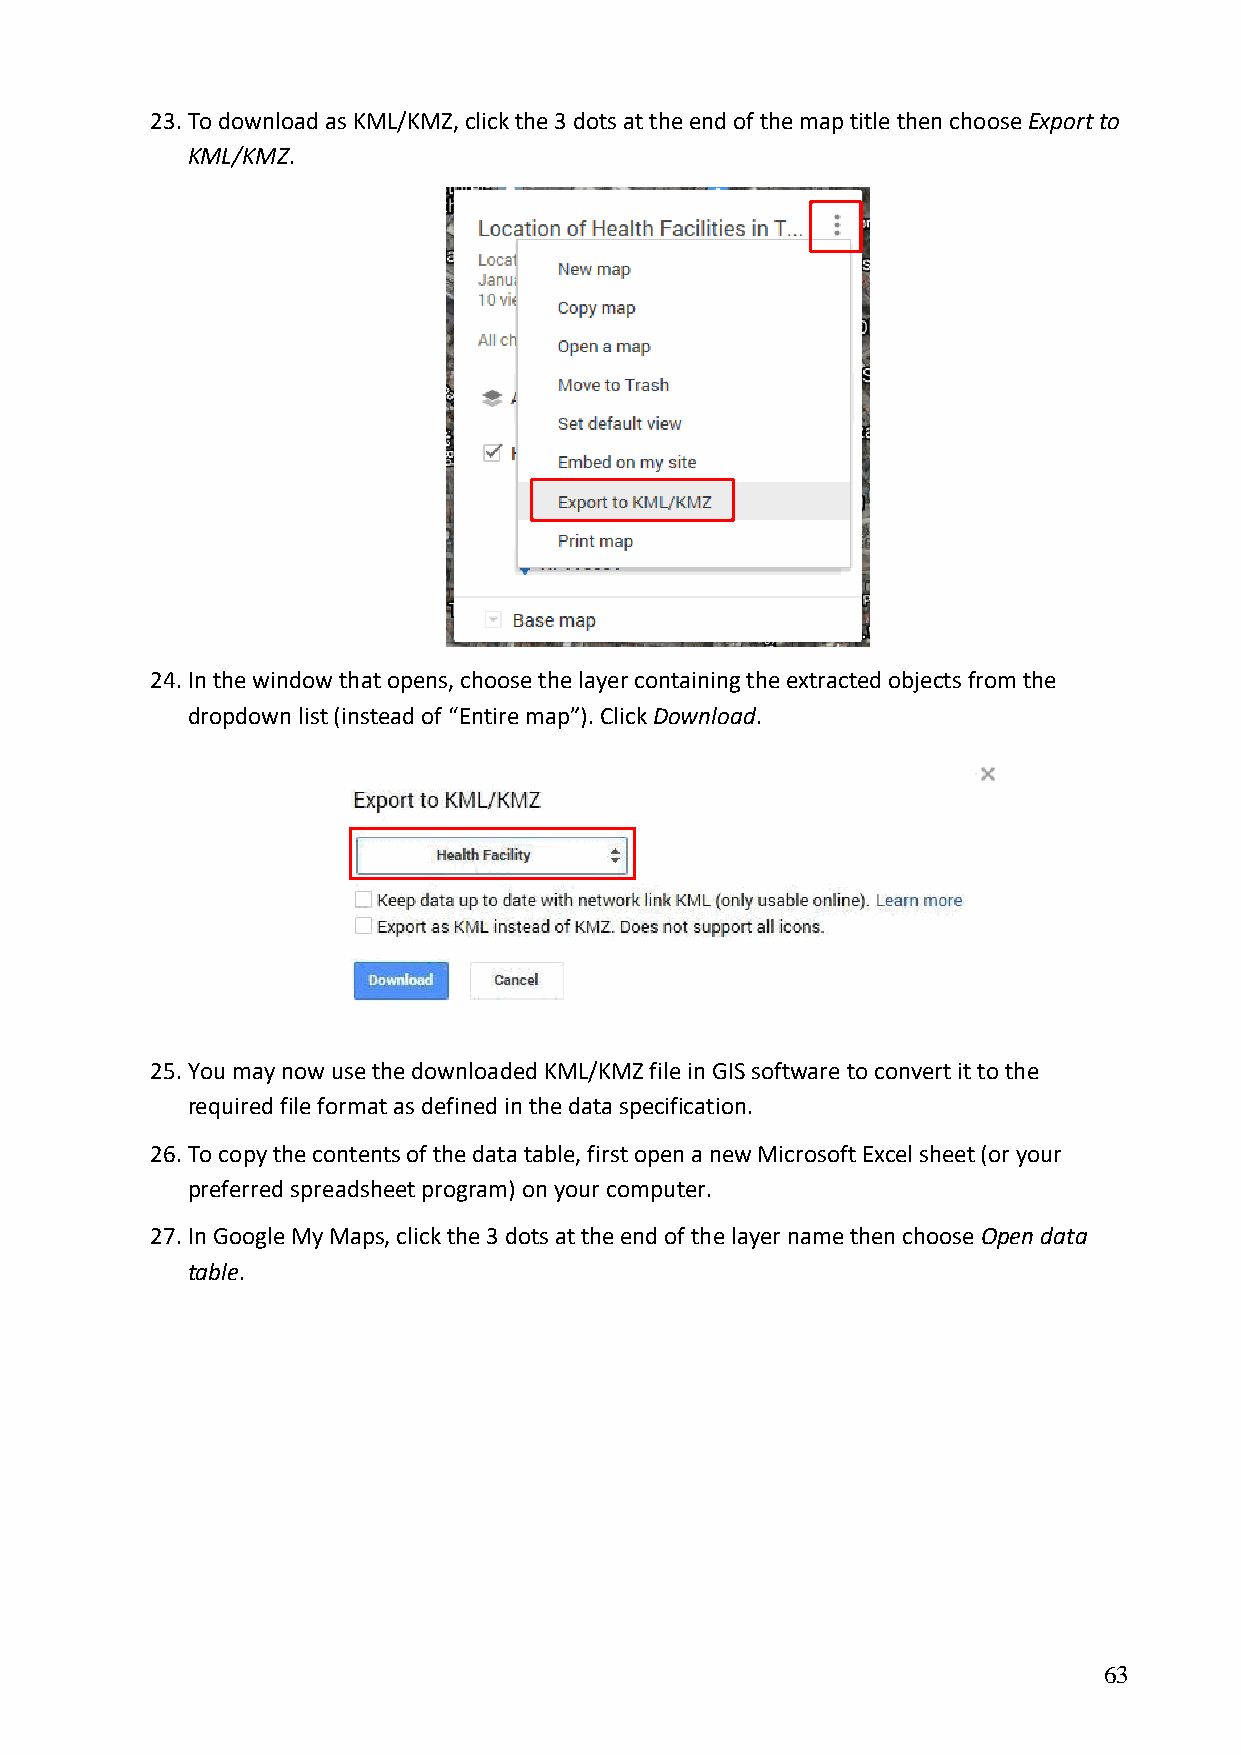
23. To download as KML/KMZ, click the 3 dots at the end of the map title then choose Export to
 KML/KMZ.
 24. In the window that opens, choose the layer containing the extracted objects from the
 dropdown list (instead of “Entire map”). Click Download.
 25. You may now use the downloaded KML/KMZ file in GIS software to convert it to the
 required file format as defined in the data specification.
 26. To copy the contents of the data table, first open a new Microsoft Excel sheet (or your
 preferred spreadsheet program) on your computer.
 27. In Google My Maps, click the 3 dots at the end of the layer name then choose Open data
 table.
 63